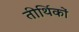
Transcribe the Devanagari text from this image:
तीर्थिकों